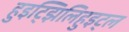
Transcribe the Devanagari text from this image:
हुइट्झिलिहुइट्ल